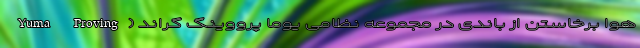
هوا برخاستن از باندی در مجموعه نظامی یوما پرووینگ گراند (Yuma Proving